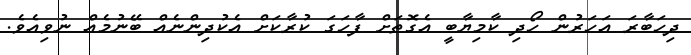
ދިހަބާރަ އަހަރުން ހޯދި ކާމިޔާބީ އެގޮތަށް ފާހަގަ ކުރާކަށް އެކުދިންނެއް ބޭނުމެއް ނުވިއެވެ.